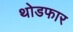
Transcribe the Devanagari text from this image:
थोडफार